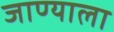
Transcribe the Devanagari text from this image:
जाण्याला